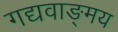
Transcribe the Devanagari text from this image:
गद्यवाङ्‌मय